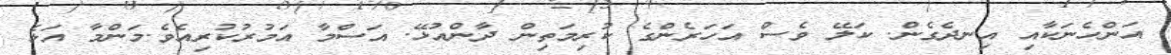
އަންހެނަކާއި އިނދެގެން. ކަލޭ ވެސް އަހަރެންގެ ކުރިމަތިން ދާންއުޅޭ. އަސްމާ އަމުރުކުރިއެވެ.މަންމާ އަޅެ